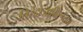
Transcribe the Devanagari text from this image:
तिरंदाजाविरूद्ध